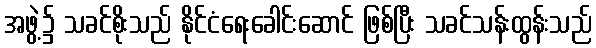
အဖွဲ့၌ သခင်စိုးသည် နိုင်ငံရေးခေါင်းဆောင် ဖြစ်ပြီး သခင်သန်းထွန်းသည်